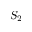
S _ { 2 }